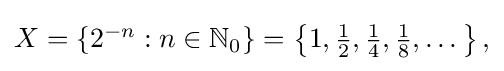
{\textstyle X=\left\{2^{-n}:n\in \mathbb {N} _{0}\right\}=\left\{1,{\frac {1}{2}},{\frac {1}{4}},{\frac {1}{8}},\dots \right\},}